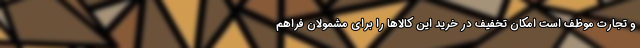
و تجارت موظف است امکان تخفیف در خرید این کالاها را برای مشمولان فراهم